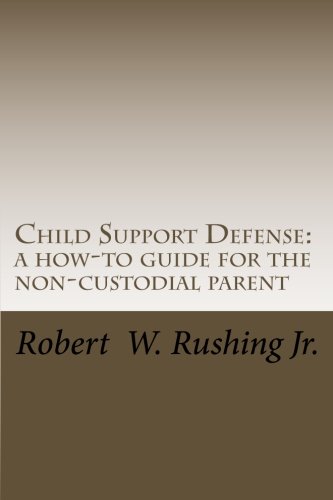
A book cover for Child Support Defense: A How-To Guide For The Non-Custodial Parent (Volume 1); Robert William Rushing Jr.; Law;